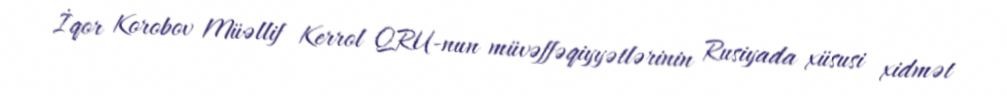
İqor Korobov Müəllif Kerrol QRU-nun müvəffəqiyyətlərinin Rusiyada xüsusi xidmət